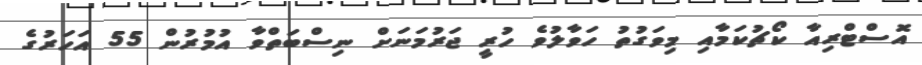
އޮސްޓްރިއާ ކޯޗުކަމާއި މިވަގުތު ހަވާލުވެ ހުރީ ޖަރުމަނަށް ނިސްބަތްވާ އުމުރުން 55 އަހަރުގެ